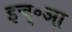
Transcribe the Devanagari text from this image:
इच्॰आ